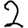
Digit: 2